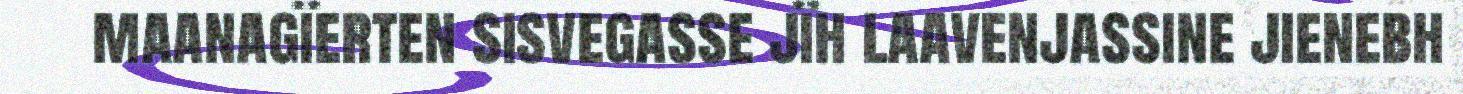
maanagïerten sisvegasse jïh laavenjassine jienebh